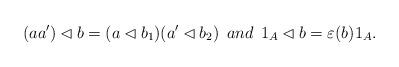
LaTeX: \begin{align*}(aa')\lhd b =(a\lhd b_1)(a'\lhd b_2)\:\: and \:\: 1_A\lhd b=\varepsilon(b)1_A. \end{align*}